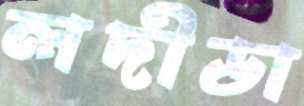
লদীডা